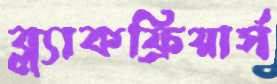
ব্ল্যাকফ্রিয়ার্স